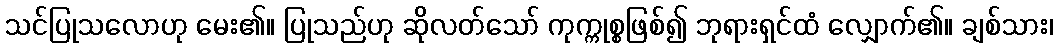
သင်ပြုသလောဟု မေး၏။ ပြုသည်ဟု ဆိုလတ်သော် ကုက္ကုစ္စဖြစ်၍ ဘုရားရှင်ထံ လျှောက်၏။ ချစ်သား၊